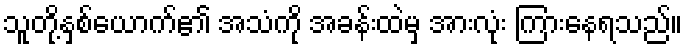
သူတို့နှစ်ယောက်၏ အသံကို အခန်းထဲမှ အားလုံး ကြားနေရသည်။